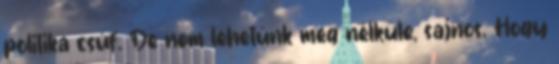
politika csúf. De nem lehetünk meg nélküle, sajnos. Hogy